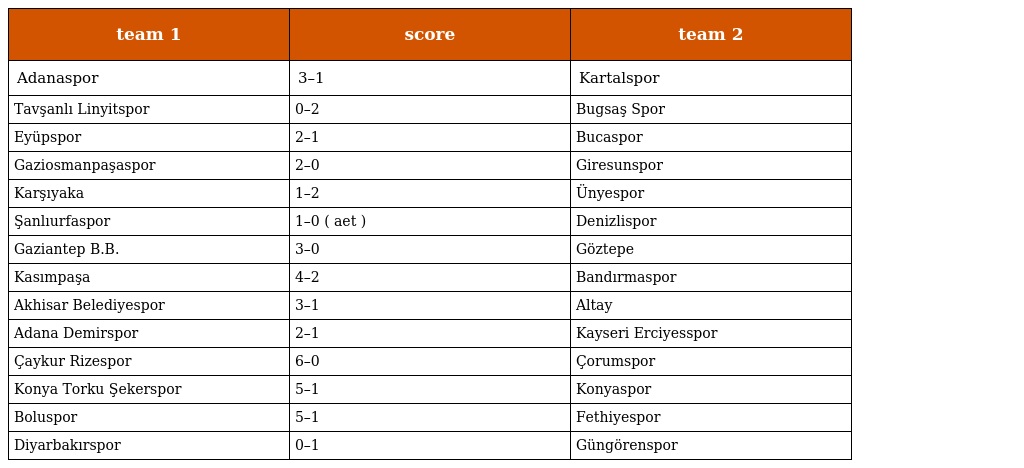
| team 1 | score | team 2 |
 | --- | --- | --- |
 | Adanaspor | 3–1 | Kartalspor |
 | Tavşanlı Linyitspor | 0–2 | Bugsaş Spor |
 | Eyüpspor | 2–1 | Bucaspor |
 | Gaziosmanpaşaspor | 2–0 | Giresunspor |
 | Karşıyaka | 1–2 | Ünyespor |
 | Şanlıurfaspor | 1–0 ( aet ) | Denizlispor |
 | Gaziantep B.B. | 3–0 | Göztepe |
 | Kasımpaşa | 4–2 | Bandırmaspor |
 | Akhisar Belediyespor | 3–1 | Altay |
 | Adana Demirspor | 2–1 | Kayseri Erciyesspor |
 | Çaykur Rizespor | 6–0 | Çorumspor |
 | Konya Torku Şekerspor | 5–1 | Konyaspor |
 | Boluspor | 5–1 | Fethiyespor |
 | Diyarbakırspor | 0–1 | Güngörenspor |